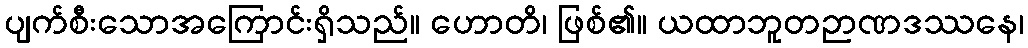
ပျက်စီးသောအကြောင်းရှိသည်။ ဟောတိ၊ ဖြစ်၏။ ယထာဘူတဉာဏဒဿနေ၊